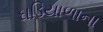
ઘડિયાળાના